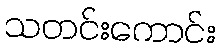
သတင်းကောင်း